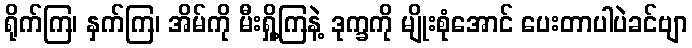
ရိုက်ကြ၊ နှက်ကြ၊ အိမ်ကို မီးရှို့ကြနဲ့ ဒုက္ခကို မျိုးစုံအောင် ပေးတာပါပဲခင်ဗျာ